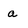
Character: a